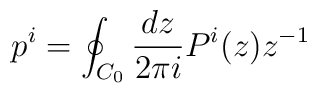
p^{i} = \oint_{C_0}\frac{dz}{2\pi i} P^{i}(z)z^{-1}